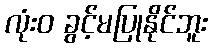
လုံးဝ ခွင့်မပြုနိုင်ဘူး